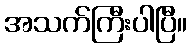
အသက်ကြီးပါပြီ။